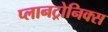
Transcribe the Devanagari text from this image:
प्लानट्रोनिक्स